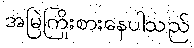
အမြဲကြိုးစားနေပါသည်